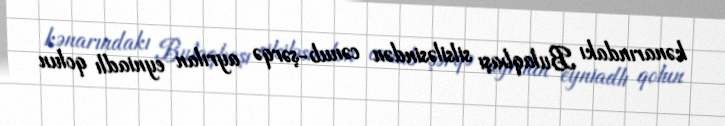
kənarındakı Bulaqbaşı silsiləsindən cənub-şərqə ayrılan eyniadlı qolun